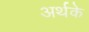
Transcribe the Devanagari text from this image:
अर्थके